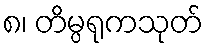
၈၊ တိမ္ပရုကသုတ်